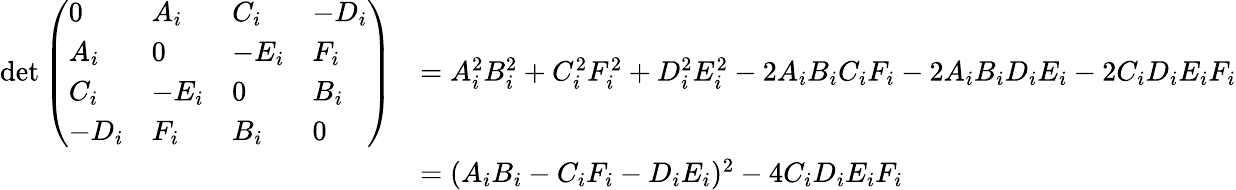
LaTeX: \begin{array}{rl}{\operatorname*{det}\left(\begin{array}{llll}{0}&{A_{i}}&{C_{i}}&{-D_{i}}\\ {A_{i}}&{0}&{-E_{i}}&{F_{i}}\\ {C_{i}}&{-E_{i}}&{0}&{B_{i}}\\ {-D_{i}}&{F_{i}}&{B_{i}}&{0}\end{array}\right)}&{=A_{i}^{2}B_{i}^{2}+C_{i}^{2}F_{i}^{2}+D_{i}^{2}E_{i}^{2}-2A_{i}B_{i}C_{i}F_{i}-2A_{i}B_{i}D_{i}E_{i}-2C_{i}D_{i}E_{i}F_{i}}\\ &{=(A_{i}B_{i}-C_{i}F_{i}-D_{i}E_{i})^{2}-4C_{i}D_{i}E_{i}F_{i}}\end{array}